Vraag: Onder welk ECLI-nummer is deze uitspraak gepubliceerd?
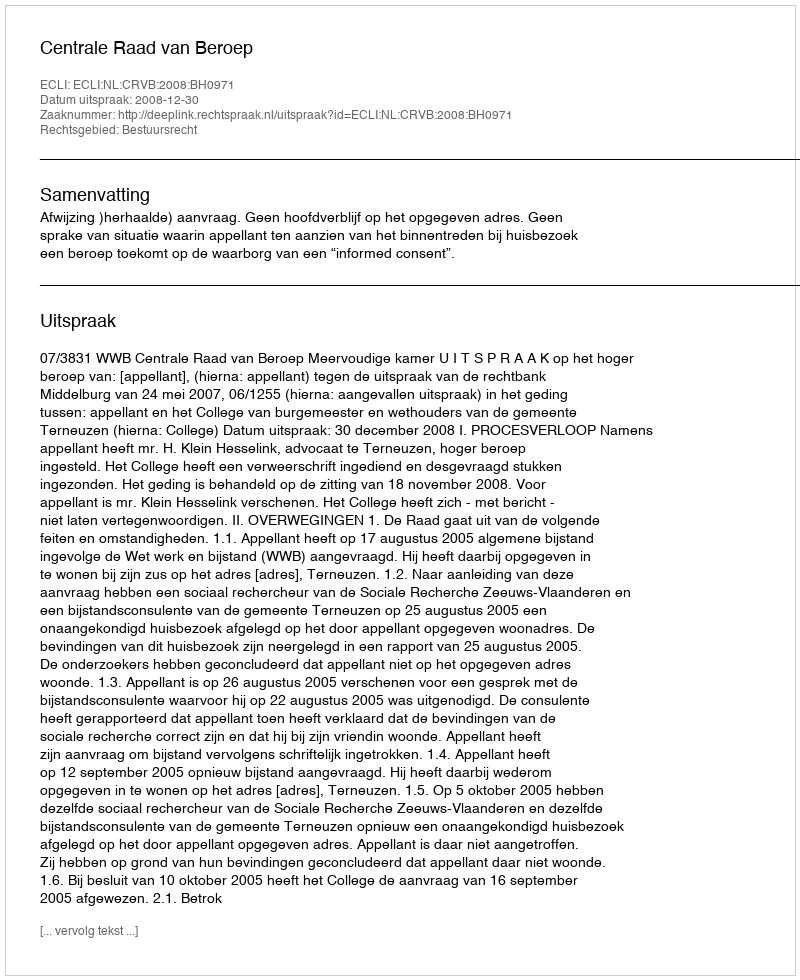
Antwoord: ECLI:NL:CRVB:2008:BH0971